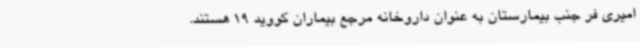
امیری فر جنب بیمارستان به عنوان داروخانه مرجع بیماران کووید 19 هستند.